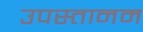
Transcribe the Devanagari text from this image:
उपस्तानम